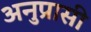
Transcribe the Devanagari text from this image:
अनुप्रासी